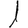
Digit: 1